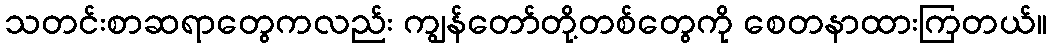
သတင်းစာဆရာတွေကလည်း ကျွန်တော်တို့တစ်တွေကို စေတနာထားကြတယ်။